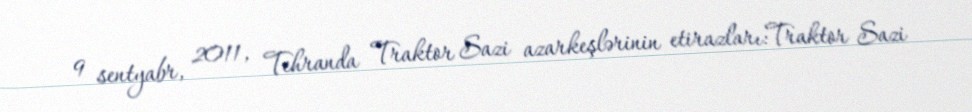
9 sentyabr, 2011, Tehranda Traktor Sazi azarkeşlərinin etirazları:Traktor Sazi